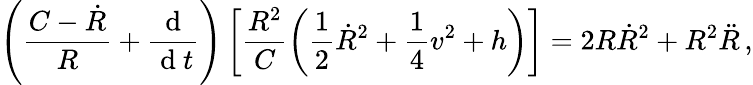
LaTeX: \left(\frac{C-\dot{R}}{R}+\frac{\mathrm{~d~}}{\mathrm{~d~}t}\right)\left[\frac{R^{2}}{C}\left(\frac{1}{2}\dot{R}^{2}+\frac{1}{4}v^{2}+h\right)\right]=2R\dot{R}^{2}+R^{2}\ddot{R}\, ,